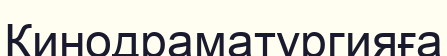
Кинодраматургияға